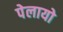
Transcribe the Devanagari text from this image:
पेलायो